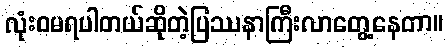
လုံးဝမရပါတယ်ဆိုတဲ့ပြဿနာကြီးလာတွေ့နေတာ။